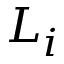
L _ { i }